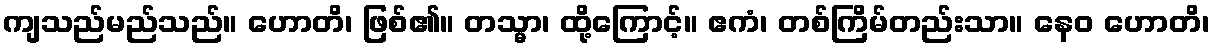
ကျသည်မည်သည်။ ဟောတိ၊ ဖြစ်၏။ တသ္မာ၊ ထို့ကြောင့်။ ဧကံ၊ တစ်ကြိမ်တည်းသာ။ နေဝ ဟောတိ၊